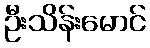
ဦးသိန်းမောင်